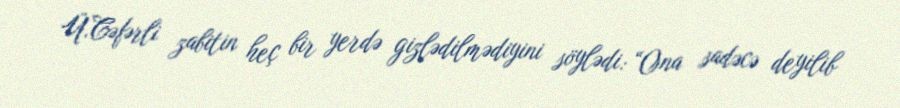
Ü.Cəfərli zabitin heç bir yerdə gizlədilmədiyini söylədi: “Ona sadəcə deyilib